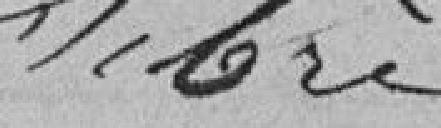
SIBRE??